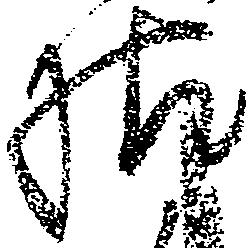
様